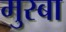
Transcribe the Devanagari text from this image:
मुस्बा